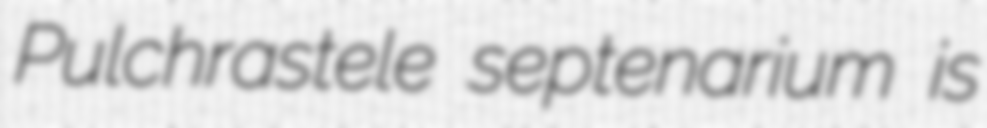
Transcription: Pulchrastele septenarium is